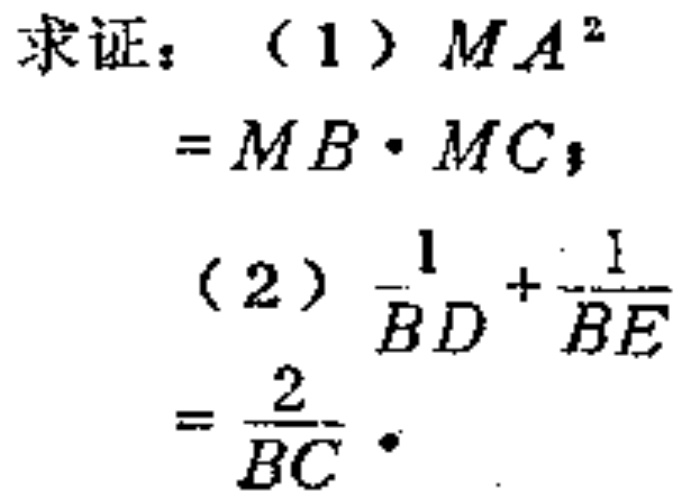
求证：（1）$MA^{2}=MB\cdot MC$；
（2）$\frac{1}{BD}+\frac{1}{BE}=\frac{2}{BC}$。